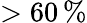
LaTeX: >60\, \%